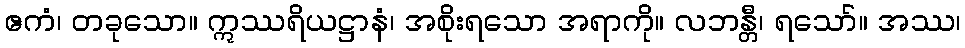
ဧကံ၊ တခုသော။ ဣဿရိယဋ္ဌာနံ၊ အစိုးရသော အရာကို။ လဘန္တီ၊ ရသော်။ အဿ၊